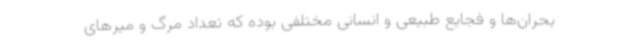
بحران‌ها و فجایع طبیعی و انسانی مختلفی بوده که تعداد مرگ و میرهای